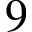
9